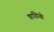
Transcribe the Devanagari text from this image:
ङाडियो